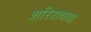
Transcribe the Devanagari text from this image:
शरिराचया